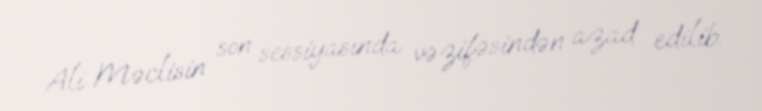
Ali Məclisin son sessiyasında vəzifəsindən azad edilib.